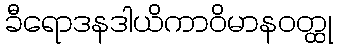
ခီရောဒနဒါယိကာဝိမာနဝတ္ထု